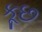
કૂછ